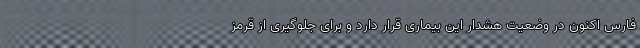
فارس اکنون در وضعیت هشدار این بیماری قرار دارد و برای جلوگیری از قرمز